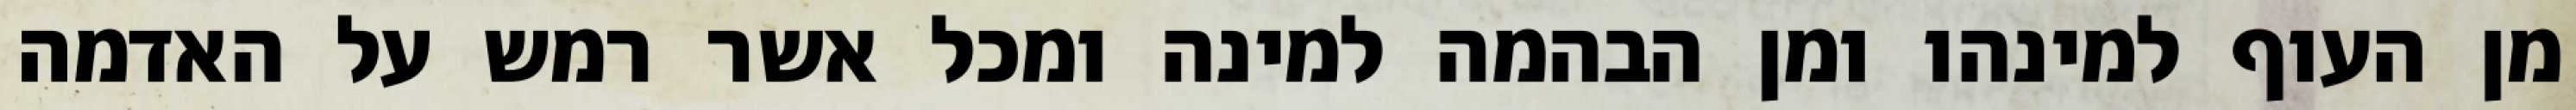
מן העוף למינהו ומן הבהמה למינה ומכל אשר רמש על האדמה